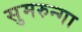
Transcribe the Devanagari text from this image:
सुमरुन्गा